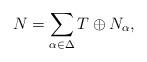
LaTeX: \begin{align*}N=\sum_{\alpha\in \Delta} T\oplus N_{\alpha}, \end{align*}